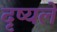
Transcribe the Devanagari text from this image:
दृष्यले